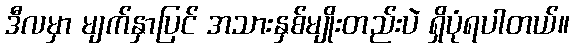
ဒီလမှာ မျက်နှာပြင် အသားနှစ်မျိုးတည်းပဲ ရှိပုံရပါတယ်။